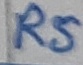
Text: RS